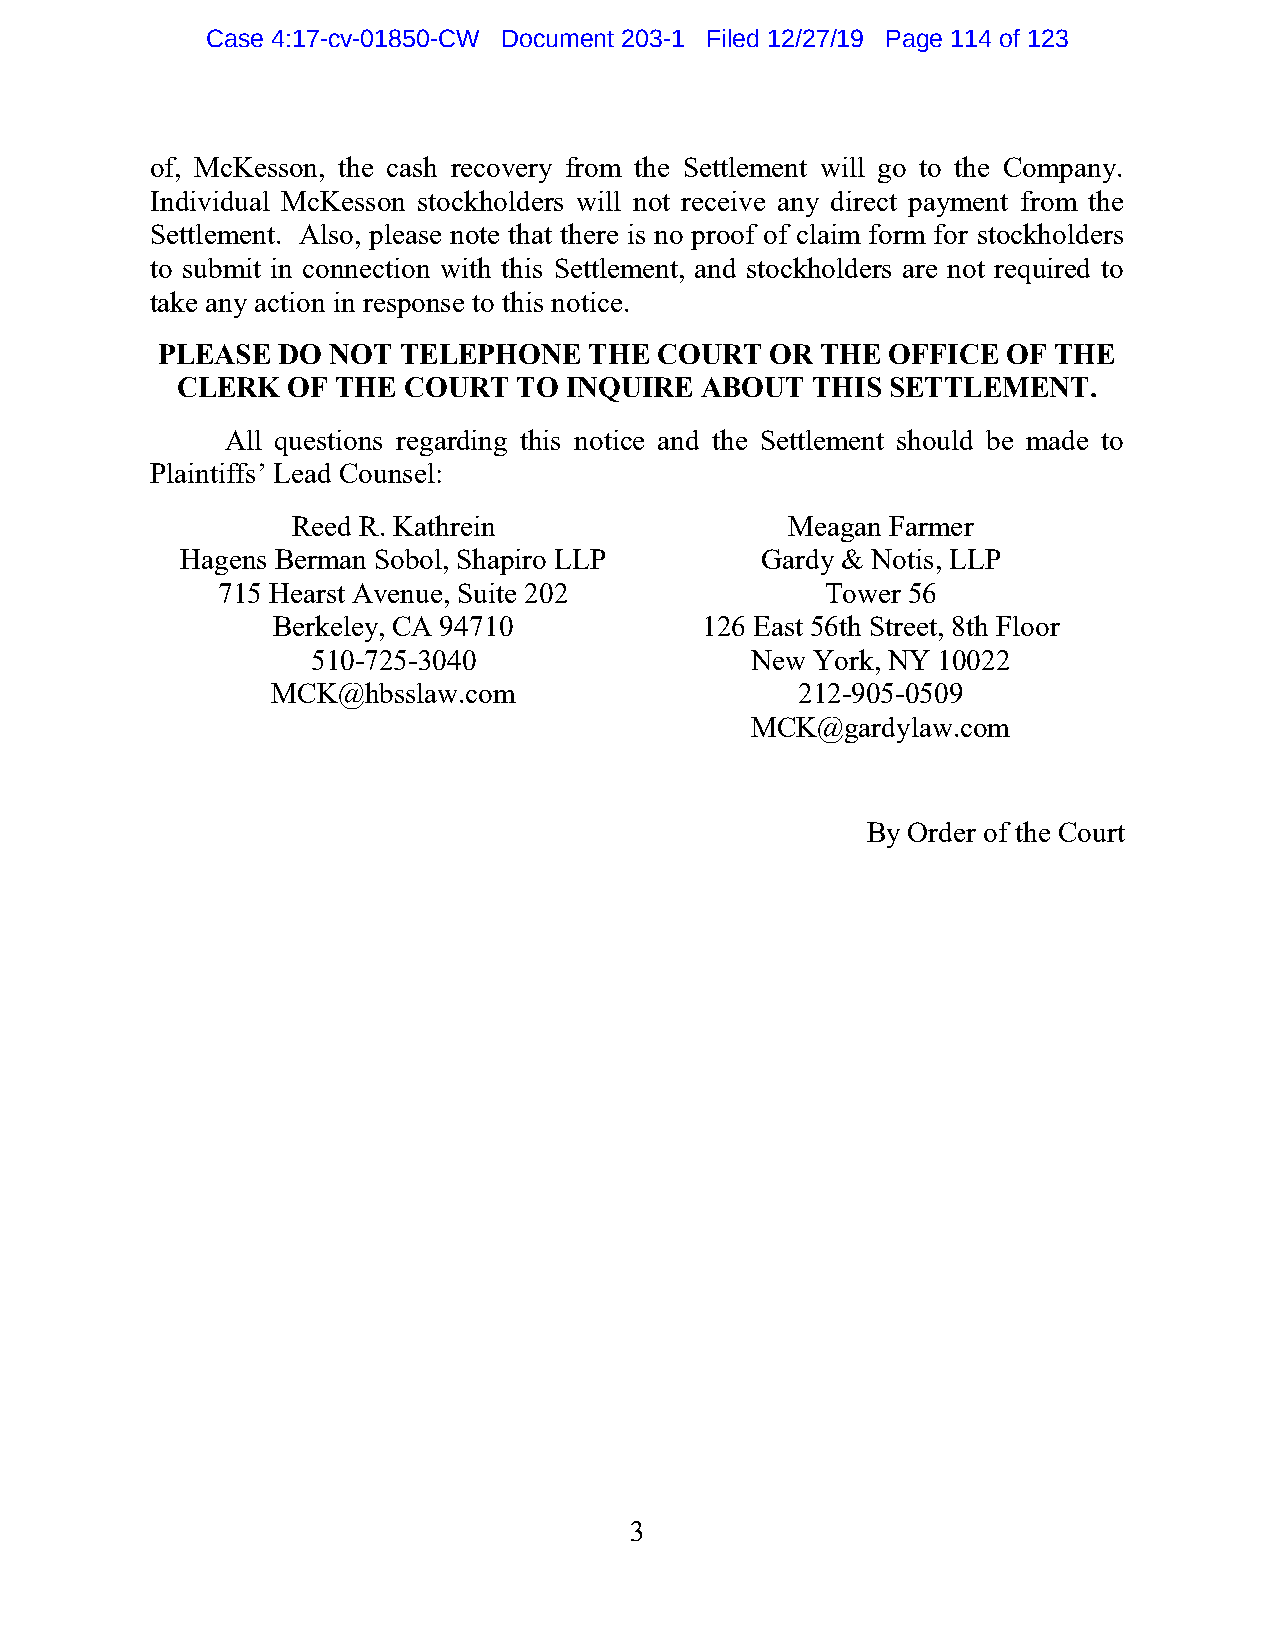
Case 4:17-cv-01850-CW Document 203-1 Filed 12/27/19 Page 114 of 123
 of, McKesson, the cash recovery from the Settlement will go to the Company.
 Individual McKesson stockholders will not receive any direct payment from the
 Settlement. Also, please note that there is no proof of claim form for stockholders
 to submit in connection with this Settlement, and stockholders are not required to
 take any action in response to this notice.
 PLEASE  DO  NOT TELEPHONE    THE  COURT  OR THE  OFFICE  OF THE
 CLERK  OF THE  COURT  TO INQUIRE  ABOUT   THIS SETTLEMENT.
 All questions regarding this notice and the Settlement should be made to
 Plaintiffs’ Lead Counsel:
 Reed R. Kathrein                 Meagan Farmer
 Hagens Berman Sobol, Shapiro LLP      Gardy & Notis, LLP
 715 Hearst Avenue, Suite 202             Tower 56
 Berkeley, CA 94710          126 East 56th Street, 8th Floor
 510-725-3040                 New York, NY 10022
 MCK@hbsslaw.com                    212-905-0509
 MCK@gardylaw.com
 By Order of the Court
 3